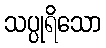
သပ္ပုရိသော